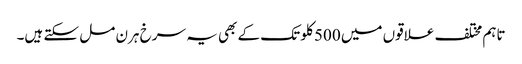
تاہم مختلف علاقوں میں 500 کلو تک کے بھی یہ سرخ ہرن مل سکتے ہیں۔